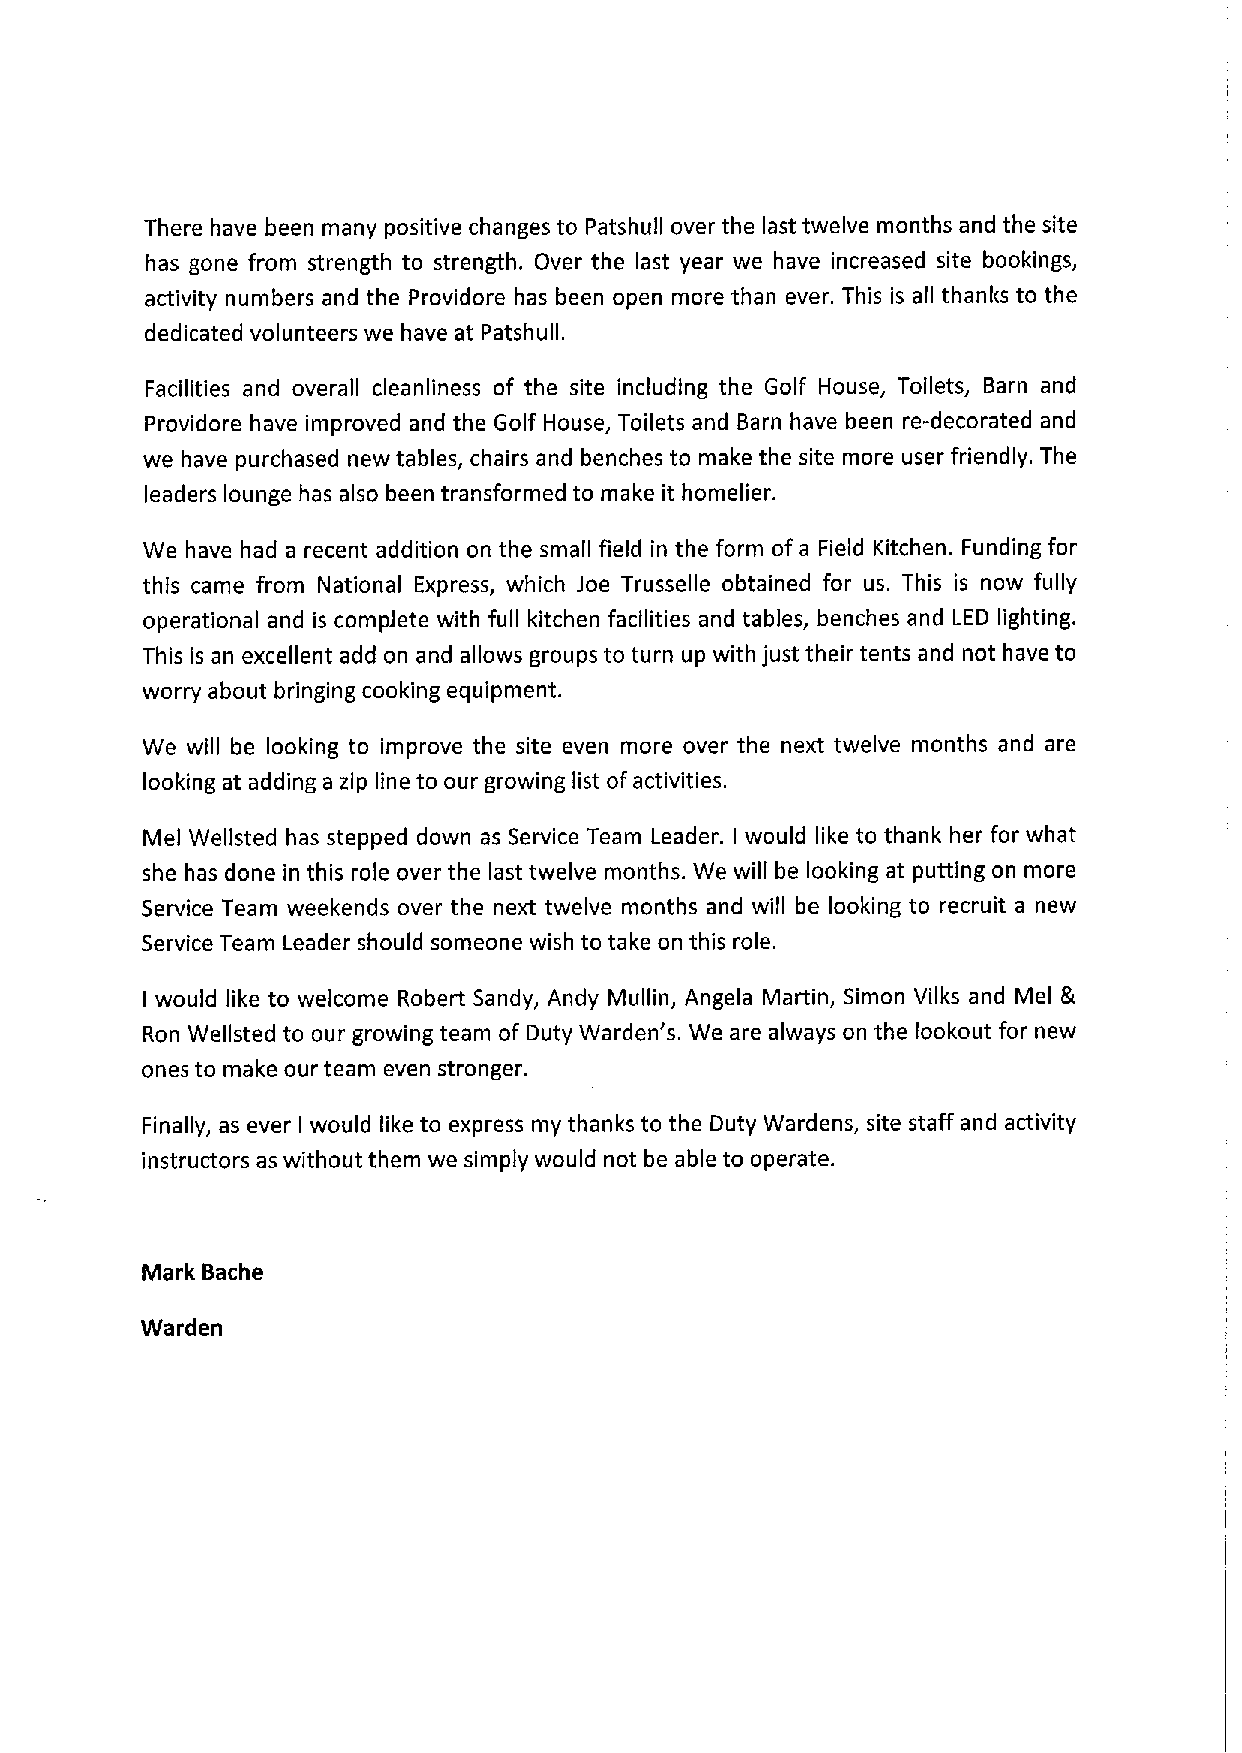
There have been many positive changes to Patshull over the last twelve months and the site
 has gone from strength to strength. Over the last year we have increased site bookings,
 activity numbers and the Providore has been open more than ever. This is all thanks to the
 dedicated volunteers we have at Patshull.
 Facilities and overall cleanliness of the site including the Golf House, Toilets, Barn and
 Providore have improved and the Golf House, Toilets and Barn have been re-decorated and
 we have purchased new tables, chairs and benches to make the site more user friendly. The
 leaders lounge has also been transformed to make it homelier.
 We have had a recent addition on the small field in the form of a Field Kitchen. Funding for
 this came from National Express, which Joe Trusselle obtained for us. This is now fully
 operational and is complete with full kitchen facilities and tables, benches and LED lighting.
 This is an excellent add on and allows groups to turn up with just their tents and not have to
 worry about bringing cooking equipment.
 We will be looking to improve the site even more over the next twelve months and are
 looking at adding a zip line to our growing list ofactivities.
 Mel Wellsted has stepped down as Service Team Leader. would like to thank her for what
 I
 she has done in this role over the last twelve months. We will be looking at putting on more
 Service Team weekends over the next twelve months and will be looking to recruit a new
 Service Team Leader should someone wish to take on this role.
 would like to welcome Robert Sandy, Andy Mullin, Angela Martin, Simon Vilks and Mel ik
 I
 Ron Wellsted to our growing team of Duty Warden' s. We are always on the lookout for new
 ones to make our team even stronger.
 Finally, as ever would like to express my thanks to the Duty Wardens, site staff and activity
 I
 instructors as without them we simply would not be able to operate.
 Mark Bache
 Warden